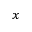
_ x